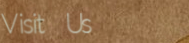
Visit Us